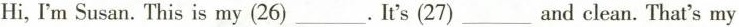
Hi, I'm Susan.This is my (26)___ . It's (27)___ and clean. That's my